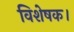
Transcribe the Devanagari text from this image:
विशेषक।